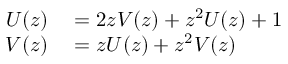
\begin{array} { r l } { U ( z ) } & { { } = 2 z V ( z ) + z ^ { 2 } U ( z ) + 1 } \\ { V ( z ) } & { { } = z U ( z ) + z ^ { 2 } V ( z ) } \end{array}